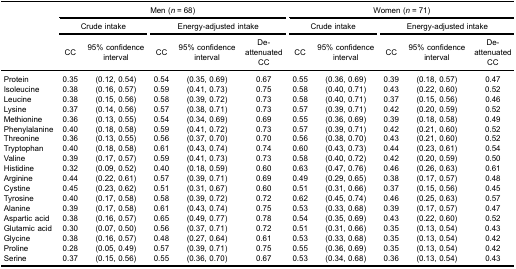
<table><thead><tr><td rowspan="5"><b> </b></td><td colspan="5"><b>Men (<i>n</i> = 68)</b></td><td colspan="5"><b>Women (<i>n</i> = 71)</b></td></tr><tr><td colspan="2"><b>Crude intake</b></td><td colspan="3"><b>Energy-adjusted intake</b></td><td colspan="2"><b>Crude intake</b></td><td colspan="3"><b>Energy-adjusted intake</b></td></tr><tr><td><b>CC</b></td><td><b>95% confidenceinterval</b></td><td><b>CC</b></td><td><b>95% confidenceinterval</b></td><td><b>De-attenuatedCC</b></td><td><b>CC</b></td><td><b>95% confidenceinterval</b></td><td><b>CC</b></td><td><b>95% confidenceinterval</b></td><td><b>De-attenuatedCC</b></td></tr></thead><tbody><tr><td>Protein</td><td>0.35</td><td>(0.12, 0.54)</td><td>0.54</td><td>(0.35, 0.69)</td><td>0.67</td><td>0.55</td><td>(0.36, 0.69)</td><td>0.39</td><td>(0.18, 0.57)</td><td>0.47</td></tr><tr><td>Isoleucine</td><td>0.38</td><td>(0.16, 0.57)</td><td>0.59</td><td>(0.41, 0.73)</td><td>0.75</td><td>0.58</td><td>(0.40, 0.71)</td><td>0.43</td><td>(0.22, 0.60)</td><td>0.52</td></tr><tr><td>Leucine</td><td>0.38</td><td>(0.15, 0.56)</td><td>0.58</td><td>(0.39, 0.72)</td><td>0.73</td><td>0.58</td><td>(0.40, 0.71)</td><td>0.37</td><td>(0.15, 0.56)</td><td>0.46</td></tr><tr><td>Lysine</td><td>0.37</td><td>(0.14, 0.56)</td><td>0.57</td><td>(0.38, 0.71)</td><td>0.73</td><td>0.57</td><td>(0.39, 0.71)</td><td>0.42</td><td>(0.20, 0.59)</td><td>0.52</td></tr><tr><td>Methionine</td><td>0.36</td><td>(0.13, 0.55)</td><td>0.54</td><td>(0.34, 0.69)</td><td>0.69</td><td>0.55</td><td>(0.36, 0.69)</td><td>0.39</td><td>(0.18, 0.58)</td><td>0.49</td></tr><tr><td>Phenylalanine</td><td>0.40</td><td>(0.18, 0.58)</td><td>0.59</td><td>(0.41, 0.72)</td><td>0.73</td><td>0.57</td><td>(0.39, 0.71)</td><td>0.42</td><td>(0.21, 0.60)</td><td>0.52</td></tr><tr><td>Threonine</td><td>0.36</td><td>(0.13, 0.55)</td><td>0.56</td><td>(0.37, 0.70)</td><td>0.70</td><td>0.56</td><td>(0.38, 0.70)</td><td>0.43</td><td>(0.21, 0.60)</td><td>0.52</td></tr><tr><td>Tryptophan</td><td>0.40</td><td>(0.18, 0.58)</td><td>0.61</td><td>(0.43, 0.74)</td><td>0.74</td><td>0.60</td><td>(0.43, 0.73)</td><td>0.44</td><td>(0.23, 0.61)</td><td>0.54</td></tr><tr><td>Valine</td><td>0.39</td><td>(0.17, 0.57)</td><td>0.59</td><td>(0.41, 0.73)</td><td>0.73</td><td>0.58</td><td>(0.40, 0.72)</td><td>0.42</td><td>(0.20, 0.59)</td><td>0.50</td></tr><tr><td>Histidine</td><td>0.32</td><td>(0.09, 0.52)</td><td>0.40</td><td>(0.18, 0.59)</td><td>0.60</td><td>0.63</td><td>(0.47, 0.76)</td><td>0.46</td><td>(0.26, 0.63)</td><td>0.61</td></tr><tr><td>Arginine</td><td>0.44</td><td>(0.22, 0.61)</td><td>0.57</td><td>(0.39, 0.71)</td><td>0.69</td><td>0.49</td><td>(0.29, 0.65)</td><td>0.38</td><td>(0.17, 0.57)</td><td>0.48</td></tr><tr><td>Cystine</td><td>0.45</td><td>(0.23, 0.62)</td><td>0.51</td><td>(0.31, 0.67)</td><td>0.60</td><td>0.51</td><td>(0.31, 0.66)</td><td>0.37</td><td>(0.15, 0.56)</td><td>0.45</td></tr><tr><td>Tyrosine</td><td>0.40</td><td>(0.17, 0.58)</td><td>0.58</td><td>(0.39, 0.72)</td><td>0.72</td><td>0.62</td><td>(0.45, 0.74)</td><td>0.46</td><td>(0.25, 0.63)</td><td>0.57</td></tr><tr><td>Alanine</td><td>0.39</td><td>(0.17, 0.58)</td><td>0.61</td><td>(0.43, 0.74)</td><td>0.75</td><td>0.53</td><td>(0.33, 0.68)</td><td>0.39</td><td>(0.17, 0.57)</td><td>0.47</td></tr><tr><td>Aspartic acid</td><td>0.38</td><td>(0.16, 0.57)</td><td>0.65</td><td>(0.49, 0.77)</td><td>0.78</td><td>0.54</td><td>(0.35, 0.69)</td><td>0.43</td><td>(0.22, 0.60)</td><td>0.52</td></tr><tr><td>Glutamic acid</td><td>0.30</td><td>(0.07, 0.50)</td><td>0.56</td><td>(0.37, 0.71)</td><td>0.72</td><td>0.51</td><td>(0.31, 0.66)</td><td>0.35</td><td>(0.13, 0.54)</td><td>0.43</td></tr><tr><td>Glycine</td><td>0.38</td><td>(0.16, 0.57)</td><td>0.48</td><td>(0.27, 0.64)</td><td>0.61</td><td>0.53</td><td>(0.33, 0.68)</td><td>0.35</td><td>(0.13, 0.54)</td><td>0.42</td></tr><tr><td>Proline</td><td>0.28</td><td>(0.05, 0.49)</td><td>0.57</td><td>(0.39, 0.71)</td><td>0.75</td><td>0.55</td><td>(0.36, 0.69)</td><td>0.35</td><td>(0.13, 0.54)</td><td>0.42</td></tr><tr><td>Serine</td><td>0.37</td><td>(0.15, 0.56)</td><td>0.55</td><td>(0.36, 0.70)</td><td>0.67</td><td>0.53</td><td>(0.34, 0.68)</td><td>0.36</td><td>(0.13, 0.54)</td><td>0.43</td></tr></tbody></table>